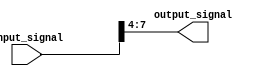
module part_select_example (
    input [7:0] input_signal,
    output [3:0] output_signal
);

assign output_signal = input_signal[7:4];

endmodule